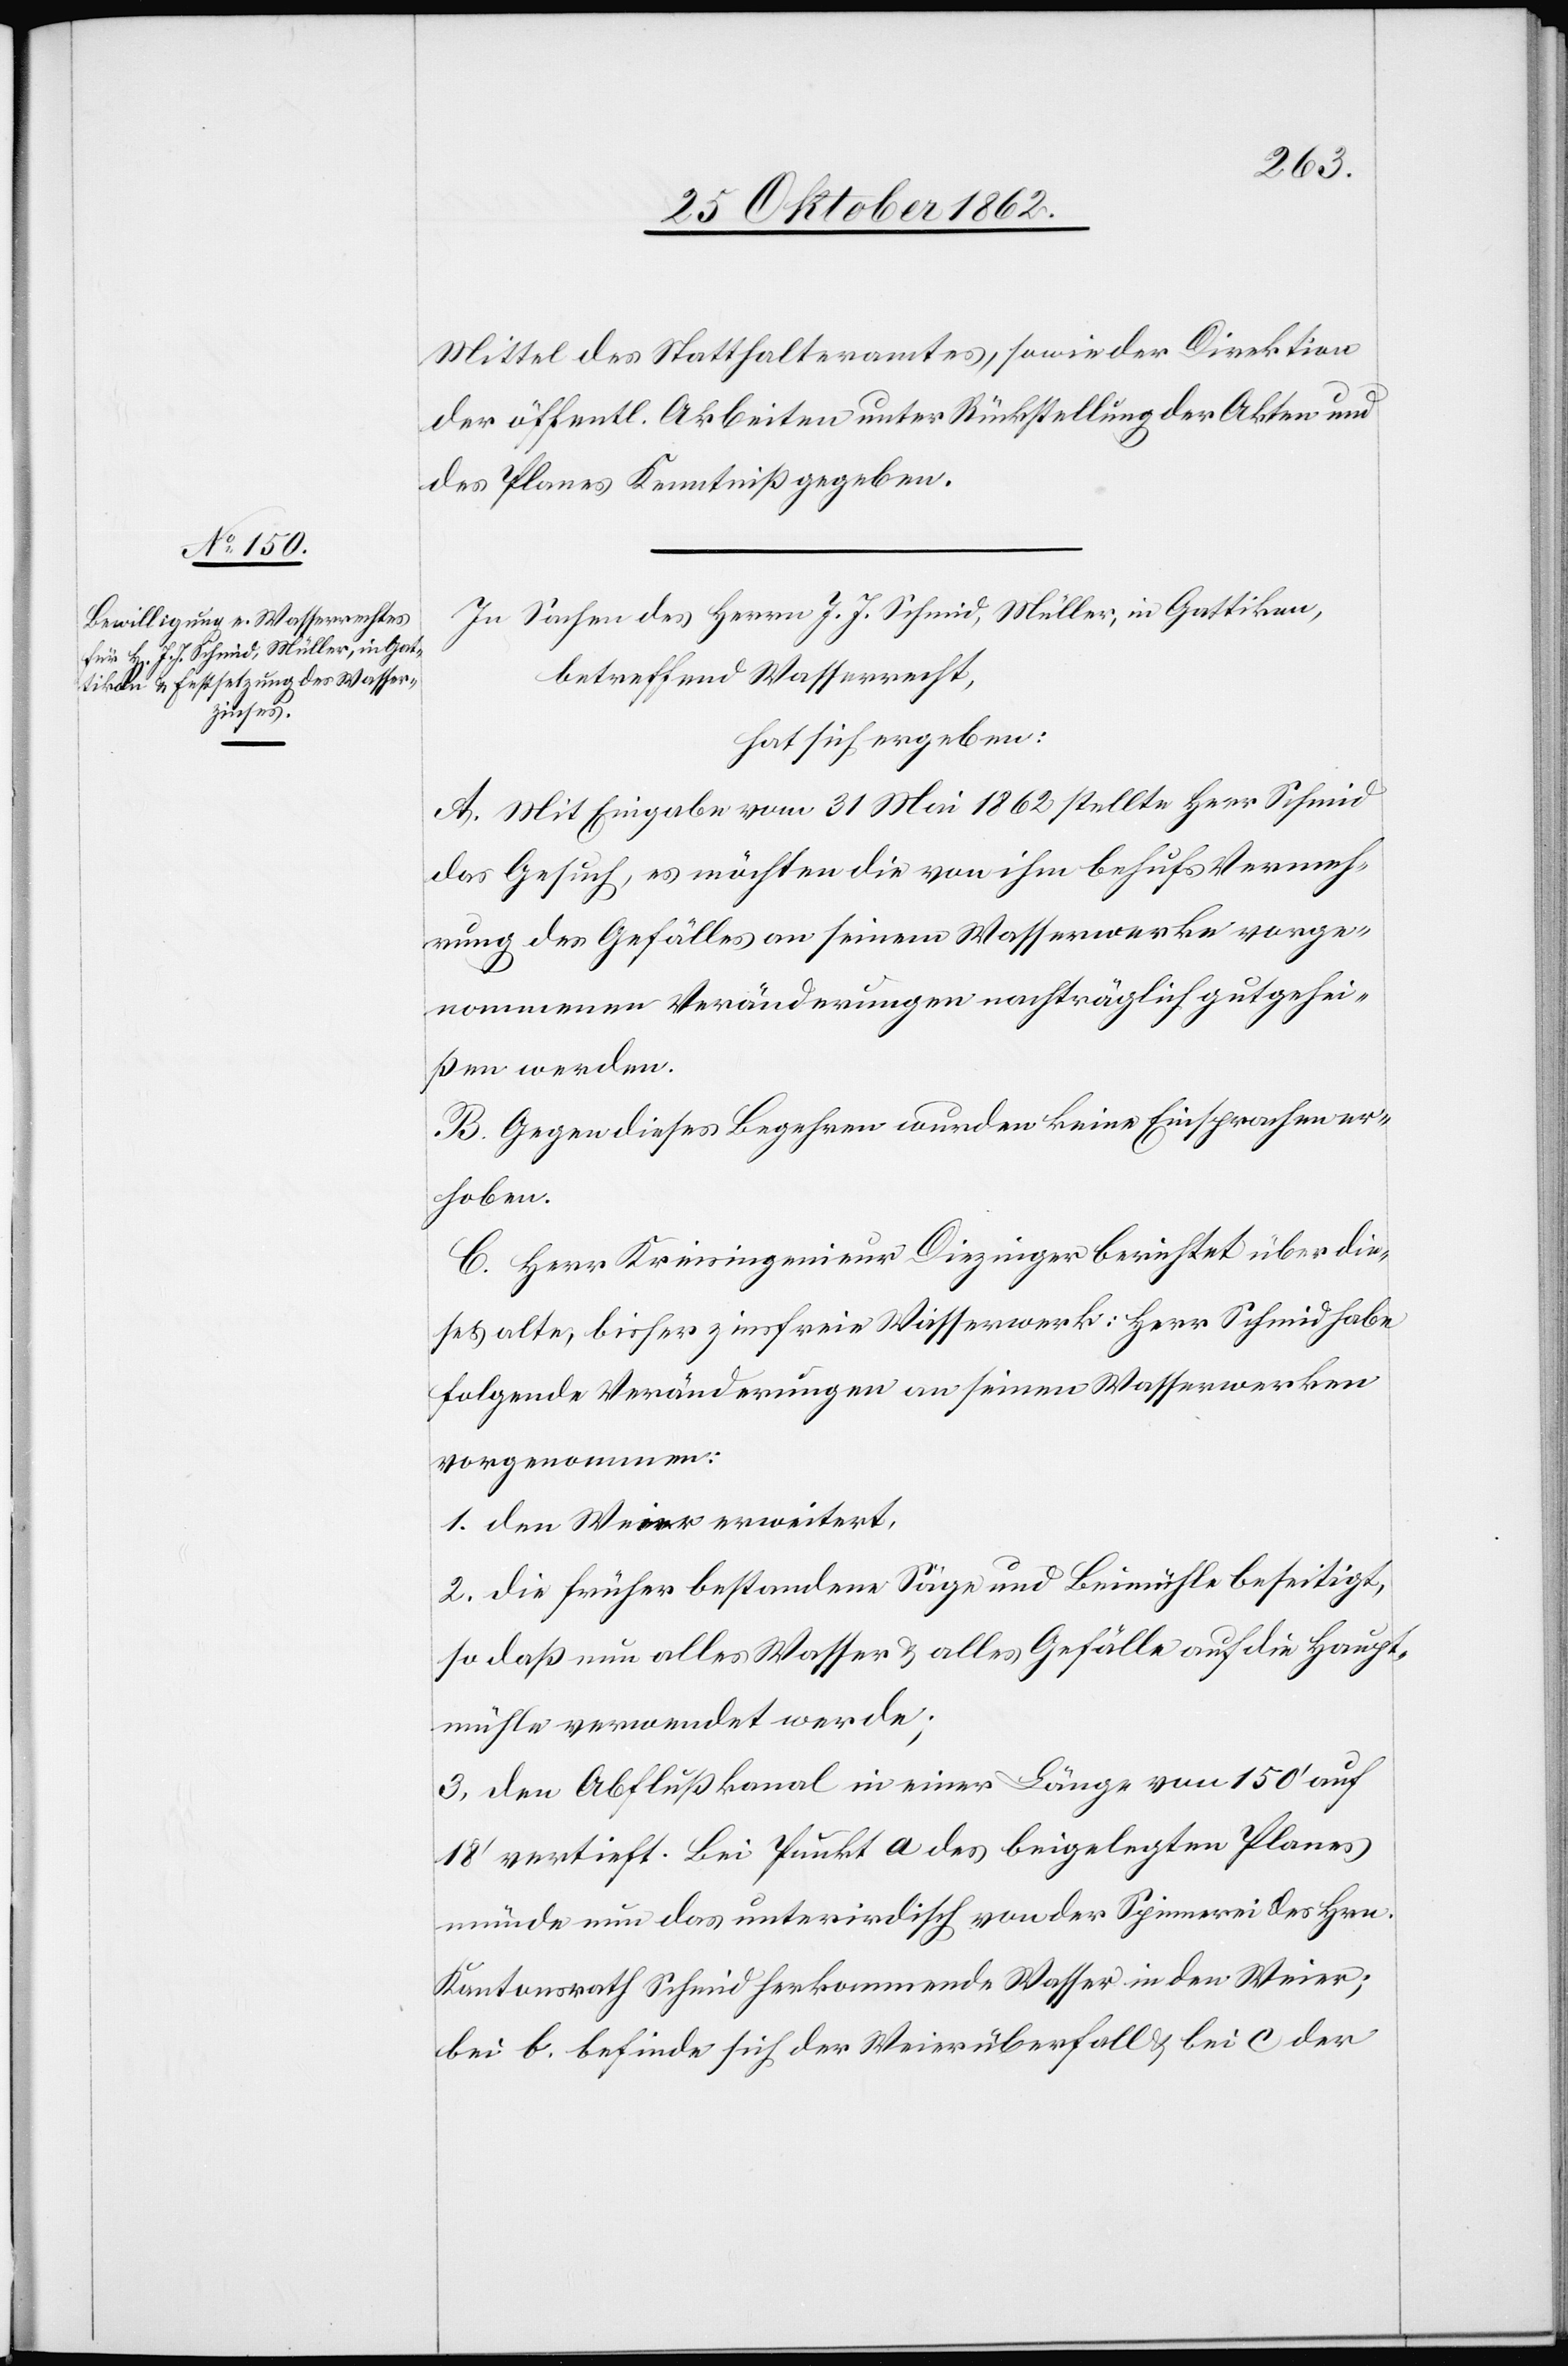
Mittel des Statthalteramtes, sowie der Direktion
der öffentl. Arbeiten unter Rückstellung der Akten und
des Planes Kenntniß gegeben.
In Sachen des Herrn J. J. Schmid, Müller, in Gattikon,
betreffend Wasserrecht,
hat sich ergeben:
A. Mit Eingabe vom 31. Mai 1862 stellte Herr Schmid
das Gesuch, es möchten die von ihm behufs Vermeh¬
rung des Gefälles an seinem Wasserwerke vorge¬
nommenen Veränderungen nachträglich gutgehei¬
ßen werden.
B. Gegen dieses Begehren wurden keine Einsprachen er¬
hoben.
C. Herr Kreisingenieur Diezinger berichtet über die¬
ses alte, bisher zinsfreie Wasserwerk: Herr Schmid habe
folgende Veränderungen an seinen Wasserwerken
vorgenommen:
1. den Weier erweitert,
2. die früher bestandene Säge und Beimühle beseitigt,
so daß nun alles Wasser u. alles Gefälle auf die Haupt¬
mühle verwendet werde;
3. den Abflußkanal in einer Länge von 150’ auf
18’ vertieft. Bei Punkt a des beigelegten Planes
münde nun das unterirdisch von der Spinnerei des Hrn.
Kantonsrath Schmid herkommende Wasser in den Weier;
bei b befinde sich der Weierüberfall u. bei c der